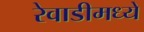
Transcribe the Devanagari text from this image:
रेवाडीमध्ये